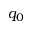
q _ { 0 }